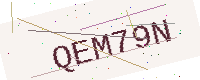
Text: QEM79N